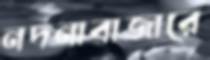
নদনাবাজারে